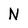
Character: N